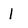
Character: 1